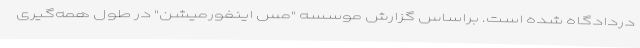
دردادگاه شده است. براساس گزارش موسسه "مس اینفورمیشن" در طول همه‌گیری